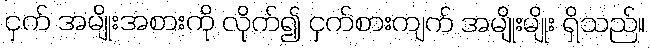
ငှက် အမျိုးအစားကို လိုက်၍ ငှက်စားကျက် အမျိုးမျိုး ရှိသည်။